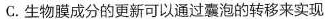
C.生物膜成分的更新可以通过囊泡的转移来实现